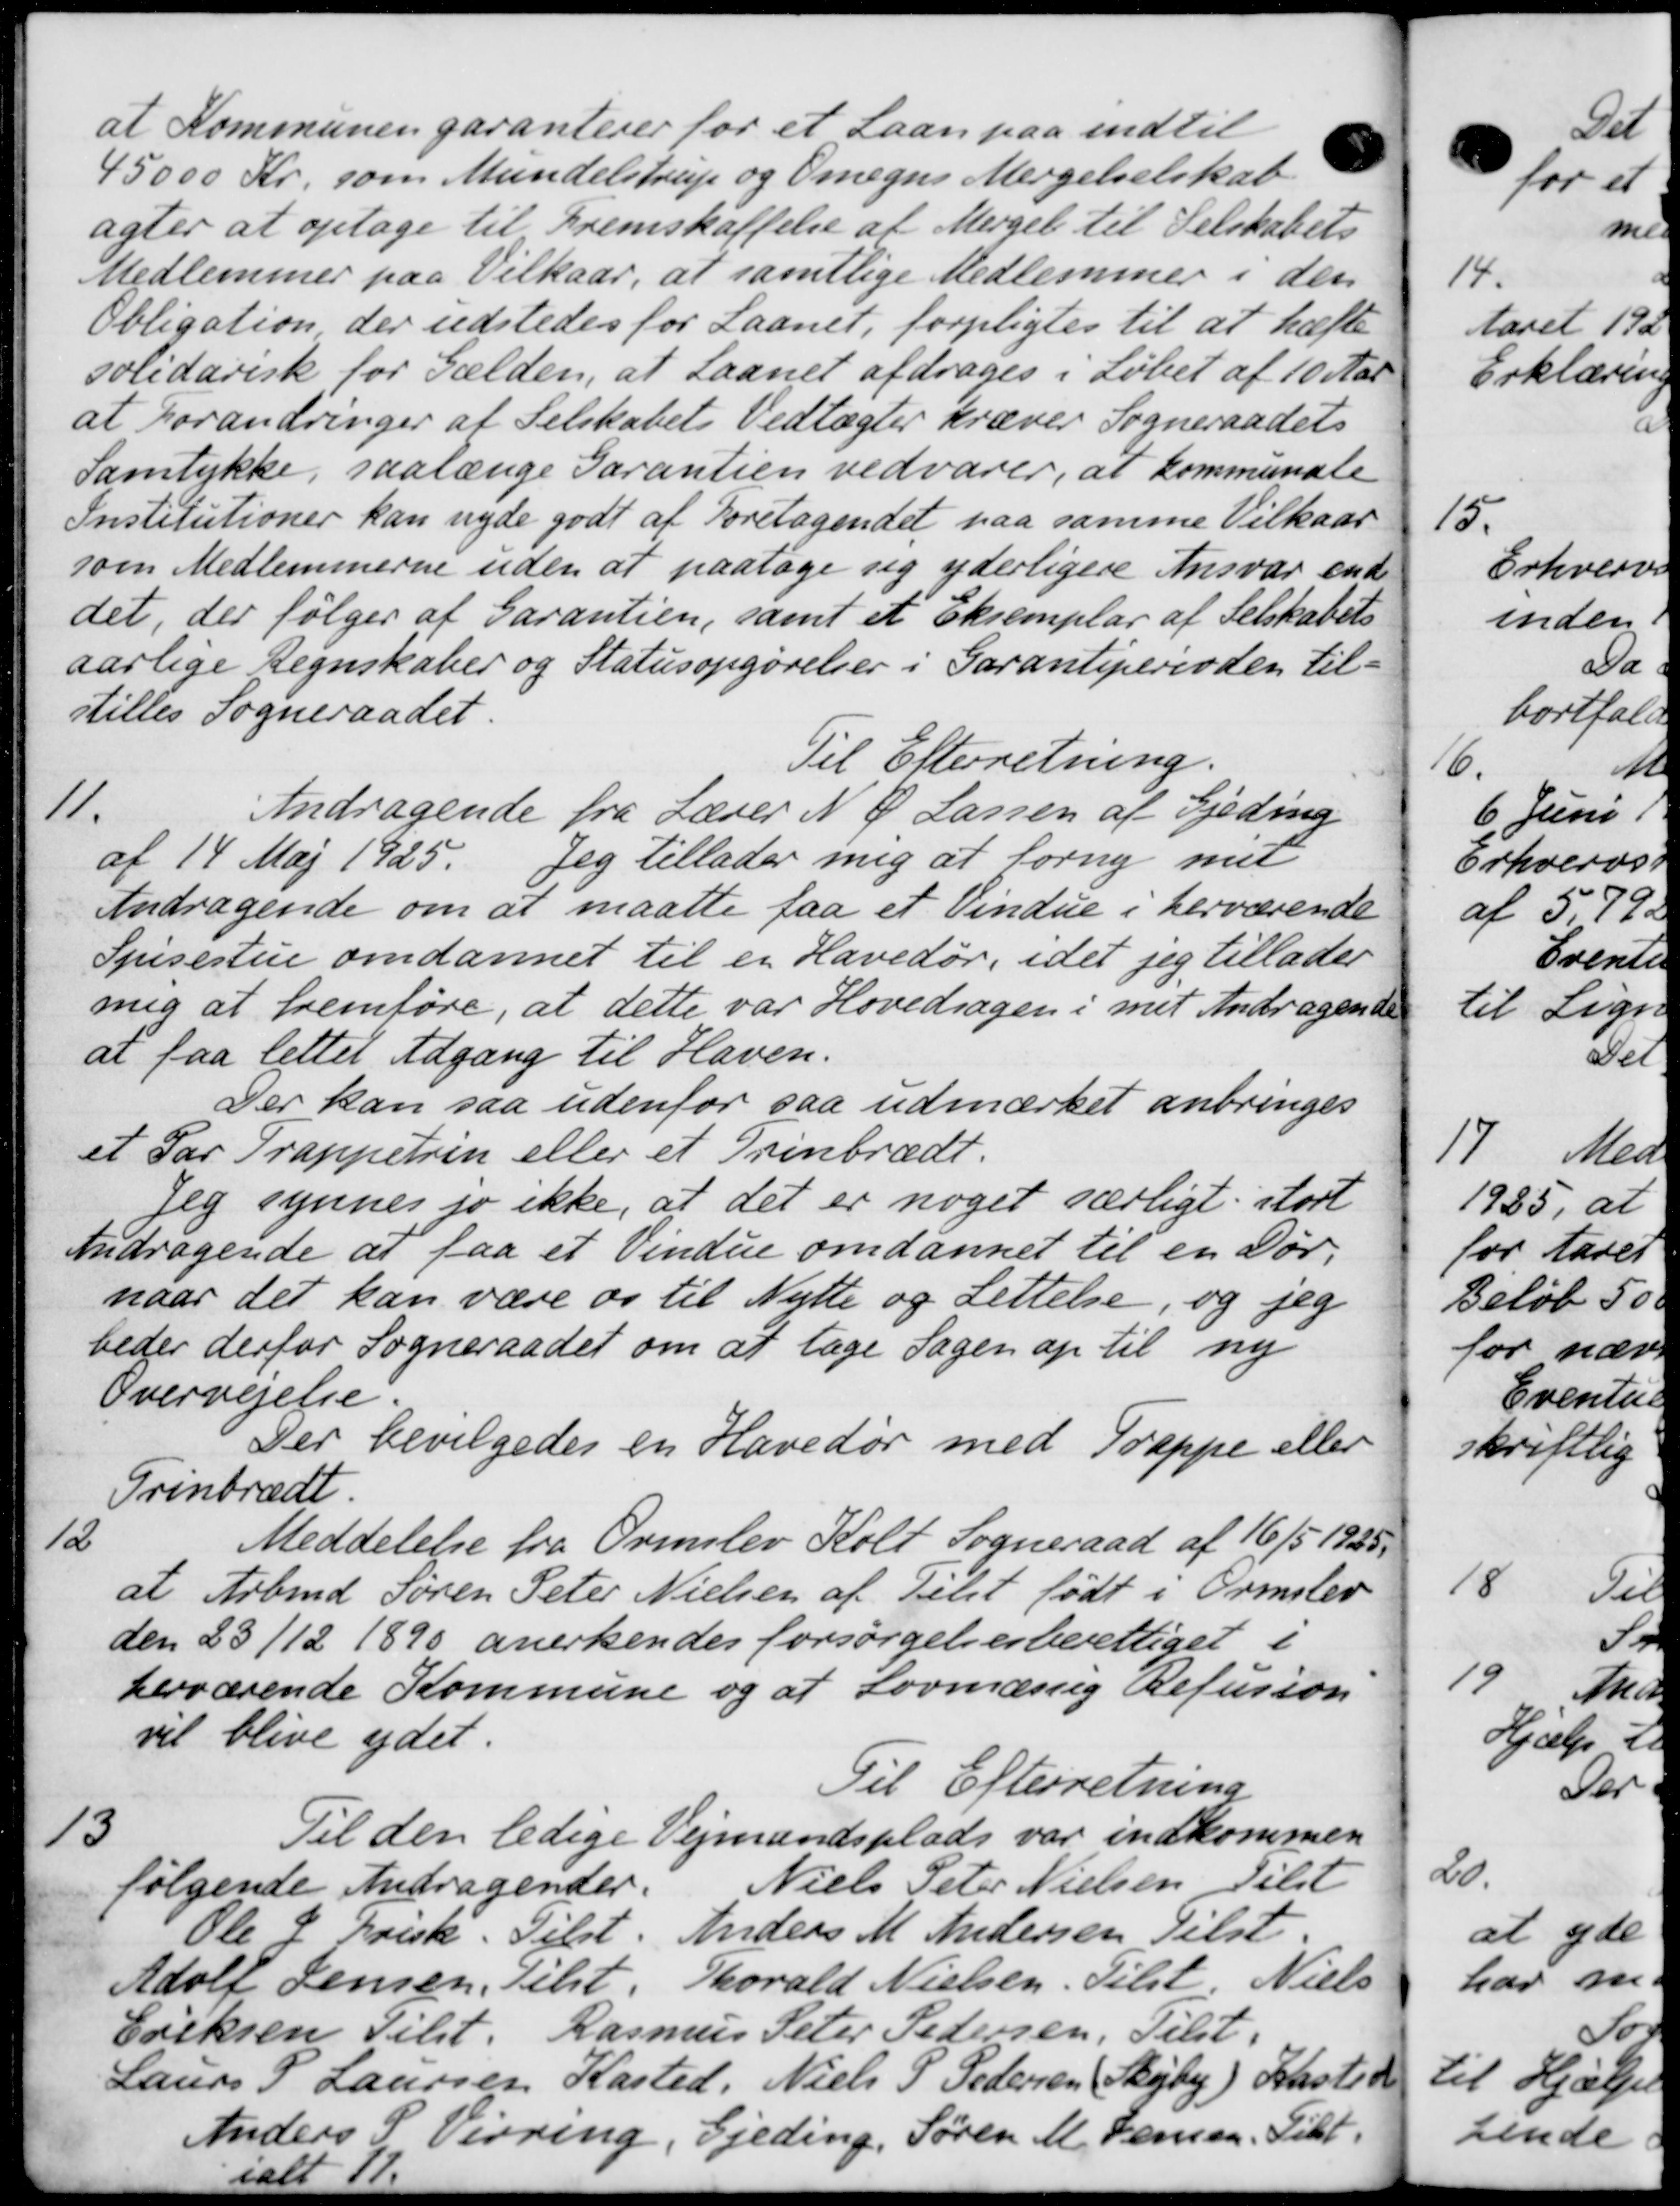
Transskription:
at Kommunen garanterer for et Laan paa indtil
45000 Kr. som Mundelstrup og Omegns Mergelselskab.
agter at optage til Fremskaffelse af Merget til Selskabets
Medlemmer paa Vilkaar, at samtlige Medlemmer i den
Obligation der udstedes for Laanet, forpligtes til at hæfte
solidarisk for Gælden, at Laanet afdrages i Løbet af 10 Aar
at Forandringer af Selskabets Vedtægter kræver Sogneraadets
Samtykke, saalænge Garantien vedvarer, at kommunale
Institutioner kan nyde godt af Foretagendet paa samme Vilkaar
som Medlemmerne uden at paatage sig yderligere Ansvar end
det, der følger af Garantien, samt et Eksemplar af Selskabets
aarlige Regnskaber og Statusopgørelser i Garantiperioden til-
stilles Sogneraadet.
Til Efterretning.
11.
Andragende fra Lærer N. P. Larsen af Gjeding
af 14 Maj 1925. Jeg tillader mig at forny mit
Andragende om at maatte faa et Vindue i herværende
Spisestun omdannet til en Havedør, idet jeg tillader
mig at fremføre, at dette var Hovedsagen i met Andragende
at faa lettet Adgang til Haven.
Der kan saa udenfor saa udmærket anbringes
et Par Trappetrin eller et Trinbrædt.
Jeg synnes jo ikke, at det er noget særligt. stort
Andragende at faa et Vindue omdannet til en Dør,
naar det kan være os til Nytte og Lettelse, og jeg
beder derfor Sogneraadet om at tage Sagen op til ny
Overvejelse.
Der bevilgedes en Havedør med Trappe eller
Grinbrædt
12
Meddelelse fra Ormslev Kolt Sogneraad af 16/5 1925.
at Arbmd Søren Peter Nielsen af Tilst født i Ormslev
den 23/12 1890 anerkendes forsørgelsesberettiget i
herværende Kommune og at Lovmæssig Refusion
vil blive ydet.
Til Efterretning
13
Til den ledige Vejmandsplads var indkommen
følgende Andragender. Niels Peter Nielsen Tilst
Ole J. Frisk. Tilst. Anders M Andersen Tilst.
Adolf Jensen, Tilst. Thorald Nielsen. Tilst. Niels
Eriksen Tilst. Rasmus Peter Pedersen, Tilst
Laurs P Laursen Kasted, Niels P Pedersen Skejby) Kasted
Anders S Virring, Gjeding, Søren M. Jensen, Tilst.
ialt 17.